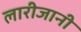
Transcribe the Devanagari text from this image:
लारीजानी